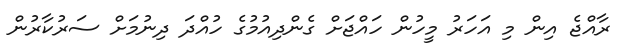
ރާއްޖެ އިން މި އަހަރު މީހުން ހައްޖަށް ގެންދިއުމުގެ ހުއްދަ ދިނުމަށް ސަރުކާރުން